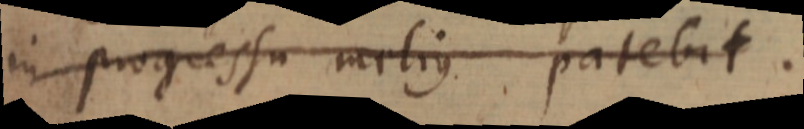
in progressu melius patebit.